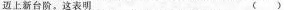
边上新台阶，这表明（）